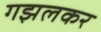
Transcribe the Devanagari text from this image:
गझलकर